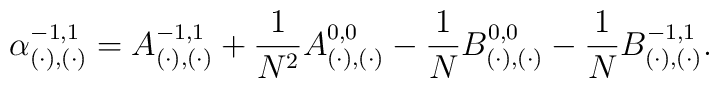
\alpha_{( \cdot), (\cdot)}^{-1,1} = A_{( \cdot), (\cdot)}^{-1,1}+  \frac{1}{N^2}  A_{(\cdot), (\cdot)}^{0,0}- \frac{1}{N}   B_{(\cdot), (\cdot)}^{0,0}- \frac{1}{N}  B_{(\cdot), (\cdot)}^{-1,1}.